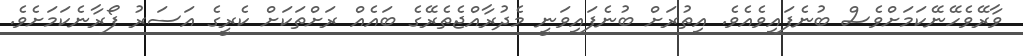
ވާރޭވެހޭނޭކަމަށްވެސް ބުނެފައިވެއެވެ. އިތުރަށް ބުނެފައިވަނީ މެދުރާއްޖެތެރޭގެ ބައެއް ރަށްތަކަށް ކެރީގެ އަސަރު ފޯރާނެކަމަށެވެ.